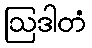
ဩဒါတံ